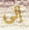
إلى